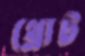
থ্রোট